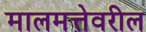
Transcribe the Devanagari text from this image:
मालमत्तेवरील